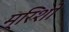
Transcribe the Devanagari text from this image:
म्रिशो